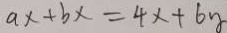
a x + b x = 4 x + 6 y